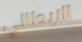
الايطالي